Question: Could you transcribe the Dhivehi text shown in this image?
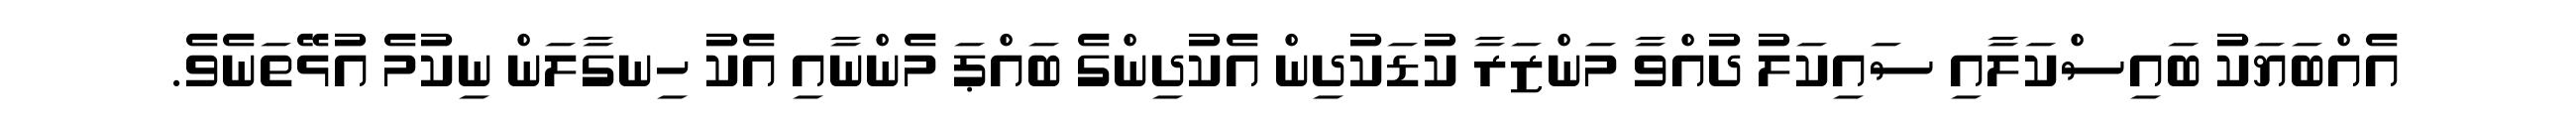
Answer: އެއްބަޔަކު ބައިސްކަލާއި ސައިކަލު ދުއްވާ މަންޒަރާ ކުޑަކުދިން އެކުދިންގެ ބައްޕަ މެންނާއި އެކު ހިނގާލަން ނިކުމެ އުޅޭތަނެވެ.